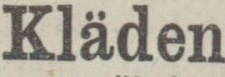
Kläden,